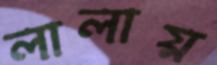
লালায়